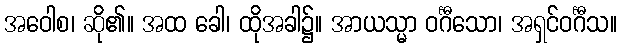
အဝေါစ၊ ဆို၏။ အထ ခေါ၊ ထိုအခါ၌။ အာယသ္မာ ဝင်္ဂီသော၊ အရှင်ဝင်္ဂီသ။